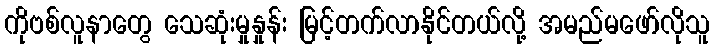
ကိုဗစ်လူနာတွေ သေဆုံးမှုနှုန်း မြင့်တက်လာနိုင်တယ်လို့ အမည်မဖော်လိုသူ